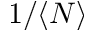
1 / \langle N \rangle